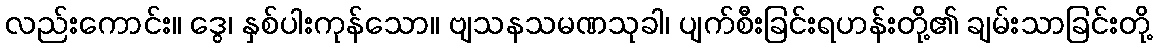
လည်းကောင်း။ ဒွေ၊ နှစ်ပါးကုန်သော။ ဗျသနသမဏသုခါ၊ ပျက်စီးခြင်းရဟန်းတို့၏ ချမ်းသာခြင်းတို့